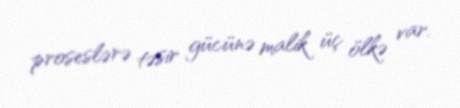
proseslərə təsir gücünə malik üç ölkə var.